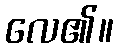
လေ၏။